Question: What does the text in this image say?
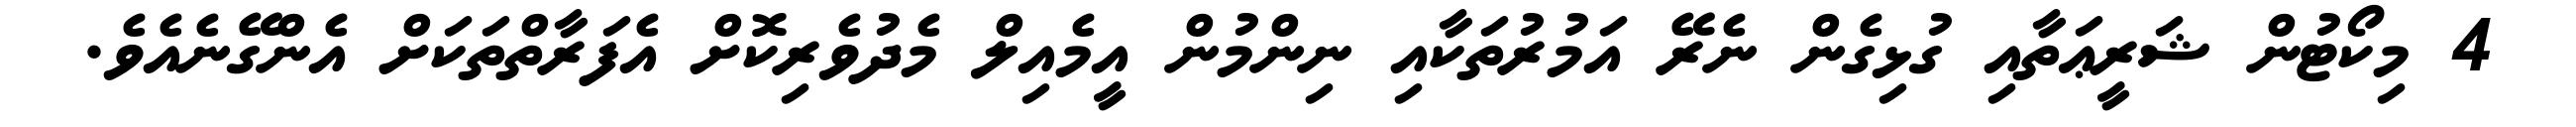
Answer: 4 މިކޯޓުން ޝަރީޢަތާއި ގުޅިގެން ނެރޭ އަމުރުތަކާއި ނިންމުން އީމެއިލް މެދުވެރިކޮށް އެފަރާތްތަކަށް އެންގޭނެއެވެ.